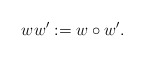
\begin{align*} ww':=w\circ w'.\end{align*}